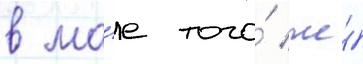
в ма́е того́ же́